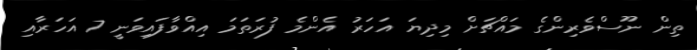
ތިން ނޫސްވެރިންގެ މައްޗަށް މިދިޔަ އަހަރު އެންމެ ފުރަތަމަ އިއްވާފައިވަނީ 7 އަހަރާއި